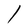
Character: l